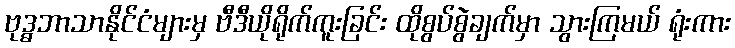
ဗုဒ္ဓဘာသာနိုင်ငံများမှ ဗီဒီယိုရိုက်ကူးခြင်း ထိုစွပ်စွဲချက်မှာ သွားကြမယ် ရုံးကား